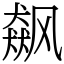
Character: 飙